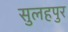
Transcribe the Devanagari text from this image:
सुलहपुर